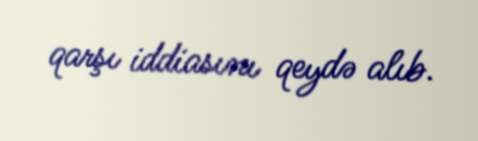
qarşı iddiasını qeydə alıb.